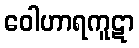
ဝေါဟာရကူဋာ